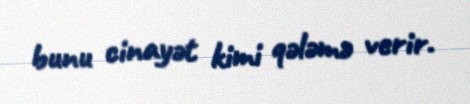
bunu cinayət kimi qələmə verir.